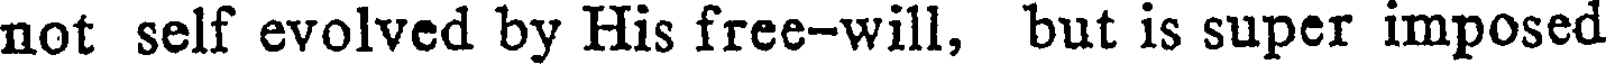
not self evolved by His free-will, but is super imposed